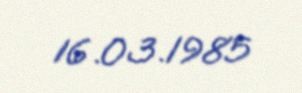
16.03.1985